Leaving Certificate, 1937
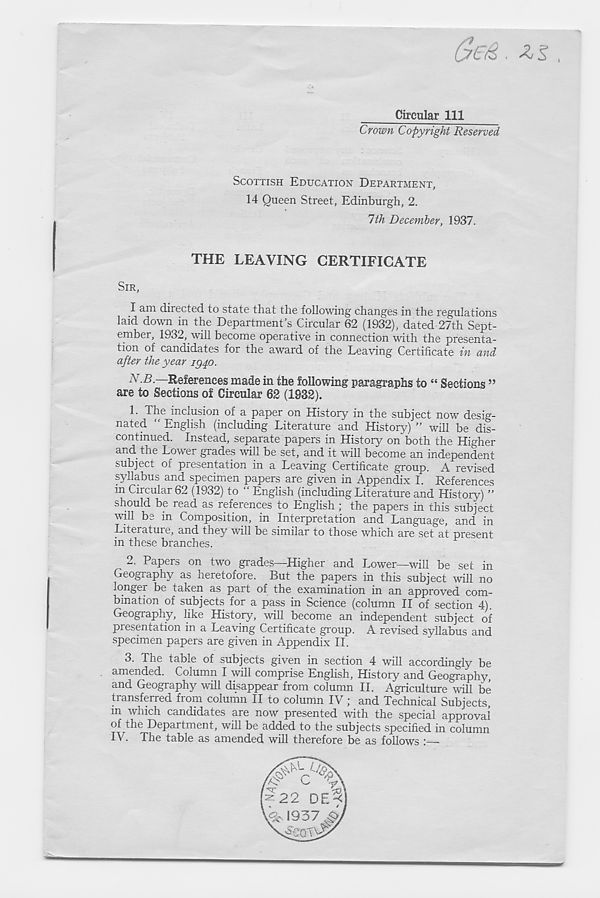
G(z&. zs,
Circular 111
Crown Copyright Reserved
SCOTTISH EDUCATION DEPARTMENT,
14 Queen Street, Edinburgh, 2.
1th December, 1937.
THE LEAVING CERTIFICATE
SIR,
I am directed to state that the following changes in the regulations
laid down in the Department’s Circular 62 (1932), dated 27th Sept-
ember, 1932, will become operative in connection with the presenta-
tion of candidates for the award of the Leaving Certificate in and
after the year ig40.
N B -—References made in the following paragraphs to “ Sections ”
are to Sections of Circular 62 (1932).
1. The inclusion of a paper on History in the subject now desig-
nated “ English (including Literature and History) ” will be dis-
continued. Instead, separate papers in History on both the Higher
and the Lower grades will be set, and it will become an independent
subject of presentation in a Leaving Certificate group. A revised
syllabus and specimen papers are given in Appendix I. References
in Circular 62 (1932) to “ English (including Literature and History) ”
should be read as references to English ; the papers in this subject
will be in Composition, in Interpretation and Language, and in
Literature, and they will be similar to those which are set at present
in these branches.
2. Papers on two grades—Higher and Lower—will be set in
Geography as heretofore. But the papers in this subject will no
longer be taken as part of the examination in an approved com-
bination of subjects for a pass in Science (column II of section 4).
Geography, like History, will become an independent subject of
presentation in a Leaving Certificate group. A revised syllabus and
specimen papers are given in Appendix II.
3. The table of subjects given in section 4 will accordingly be
amended. Column I will comprise English, History and Geography,
and Geography will disappear from column II. Agriculture will be
transferred from column II to column IV; and Technical Subjects,
m which candidates are now presented with the special approval
of the Department, will be added to the subjects specified in column
IV. The table as amended will therefore be as follows :